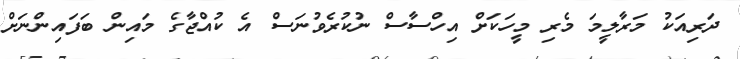
ދަރިއަކު މަރާލީމަ މެރި މީހަކަށް އިހްސާސް ނުކުރެވުނަސް އެ ކުއްޖާގެ މައިން ބަފައިންނަށް